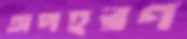
অপহরণ